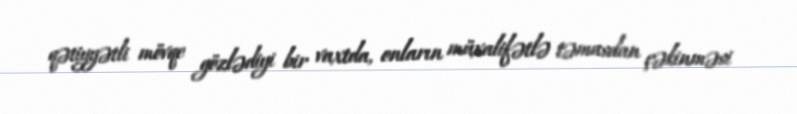
qətiyyətli mövqe gözlədiyi bir vaxtda, onların müxalifətlə təmasdan çəkinməsi